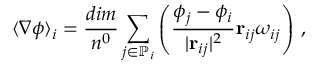
\langle \nabla \phi \rangle _ { i } = \frac { d i m } { n ^ { 0 } } \sum _ { j \in \mathbb { P } _ { i } } \left( \frac { \phi _ { j } - \phi _ { i } } { \vert \mathbf { r } _ { i j } \vert ^ { 2 } } \mathbf { r } _ { i j } \omega _ { i j } \right) \, ,